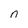
Character: n